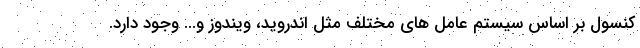
کنسول بر اساس سیستم عامل های مختلف مثل اندروید، ویندوز و... وجود دارد.